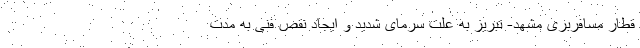
قطار مسافربری مشهد- تبریز به علت سرمای شدید و ایجاد نقص فنی به مدت